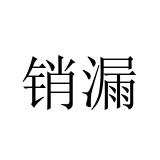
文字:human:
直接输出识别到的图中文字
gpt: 销漏